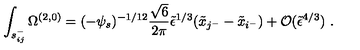
\int _ { s _ { i j } ^ { - } } \Omega ^ { ( 2 , 0 ) } = ( - \psi _ { s } ) ^ { - 1 / 1 2 } \frac { \sqrt { 6 } } { 2 \pi } \tilde { \epsilon } ^ { 1 / 3 } ( \tilde { x } _ { j ^ { - } } - \tilde { x } _ { i ^ { - } } ) + { \cal O } ( \tilde { \epsilon } ^ { 4 / 3 } ) \ .